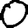
Digit: 0